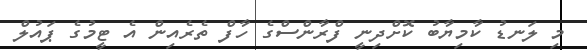
މި ލަނޑު ކާމިޔާބު ކޮށްދިނީ ފްރާންސްގެ ހާފް ތެރެއިން އެ ޓީމުގެ ޕައުލް